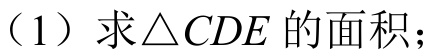
（1）求\(\triangle CDE\) 的面积；